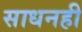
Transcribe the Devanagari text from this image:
साधनही